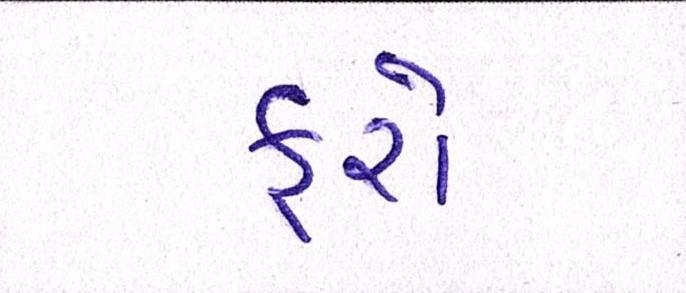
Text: ફરો